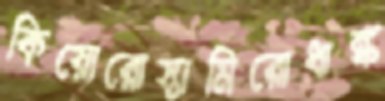
কিয়োরোস্তামিরোধাঙ্ক